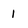
Character: 1